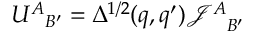
{ U ^ { A } } _ { B ^ { \prime } } = \Delta ^ { 1 / 2 } ( q , q ^ { \prime } ) { \mathcal { J } ^ { A } } _ { B ^ { \prime } }